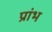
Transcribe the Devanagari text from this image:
प्रांभ